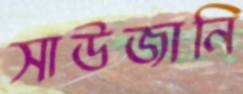
সাউজানি